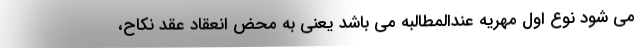
می شود نوع اول مهریه عندالمطالبه می باشد یعنی به محض انعقاد عقد نکاح،